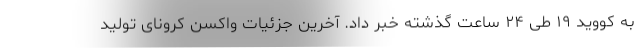
به کووید ۱۹ طی ۲۴ ساعت گذشته خبر داد. آخرین جزئیات واکسن کرونای تولید